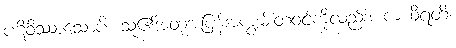
ပဋိဝိဿာသောပိ၊ သူ၏အတုံအပြန်အကျွမ်းတဝင်ကိုလည်း။ ကယိရတိ၊